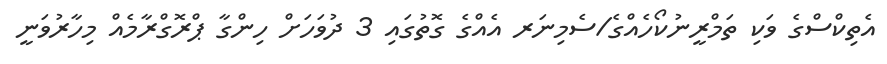
އެތިކްސްގެ ވަކި ތަމްރީނުކޯހެއްގެ/ސެމިނަރ އެއްގެ ގޮތުގައި 3 ދުވަހަށް ހިންގާ ޕްރޮގްރާމެއް މިހާރުވަނީ